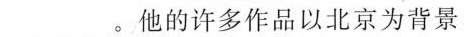
___。他的许多作品以北京为背景，